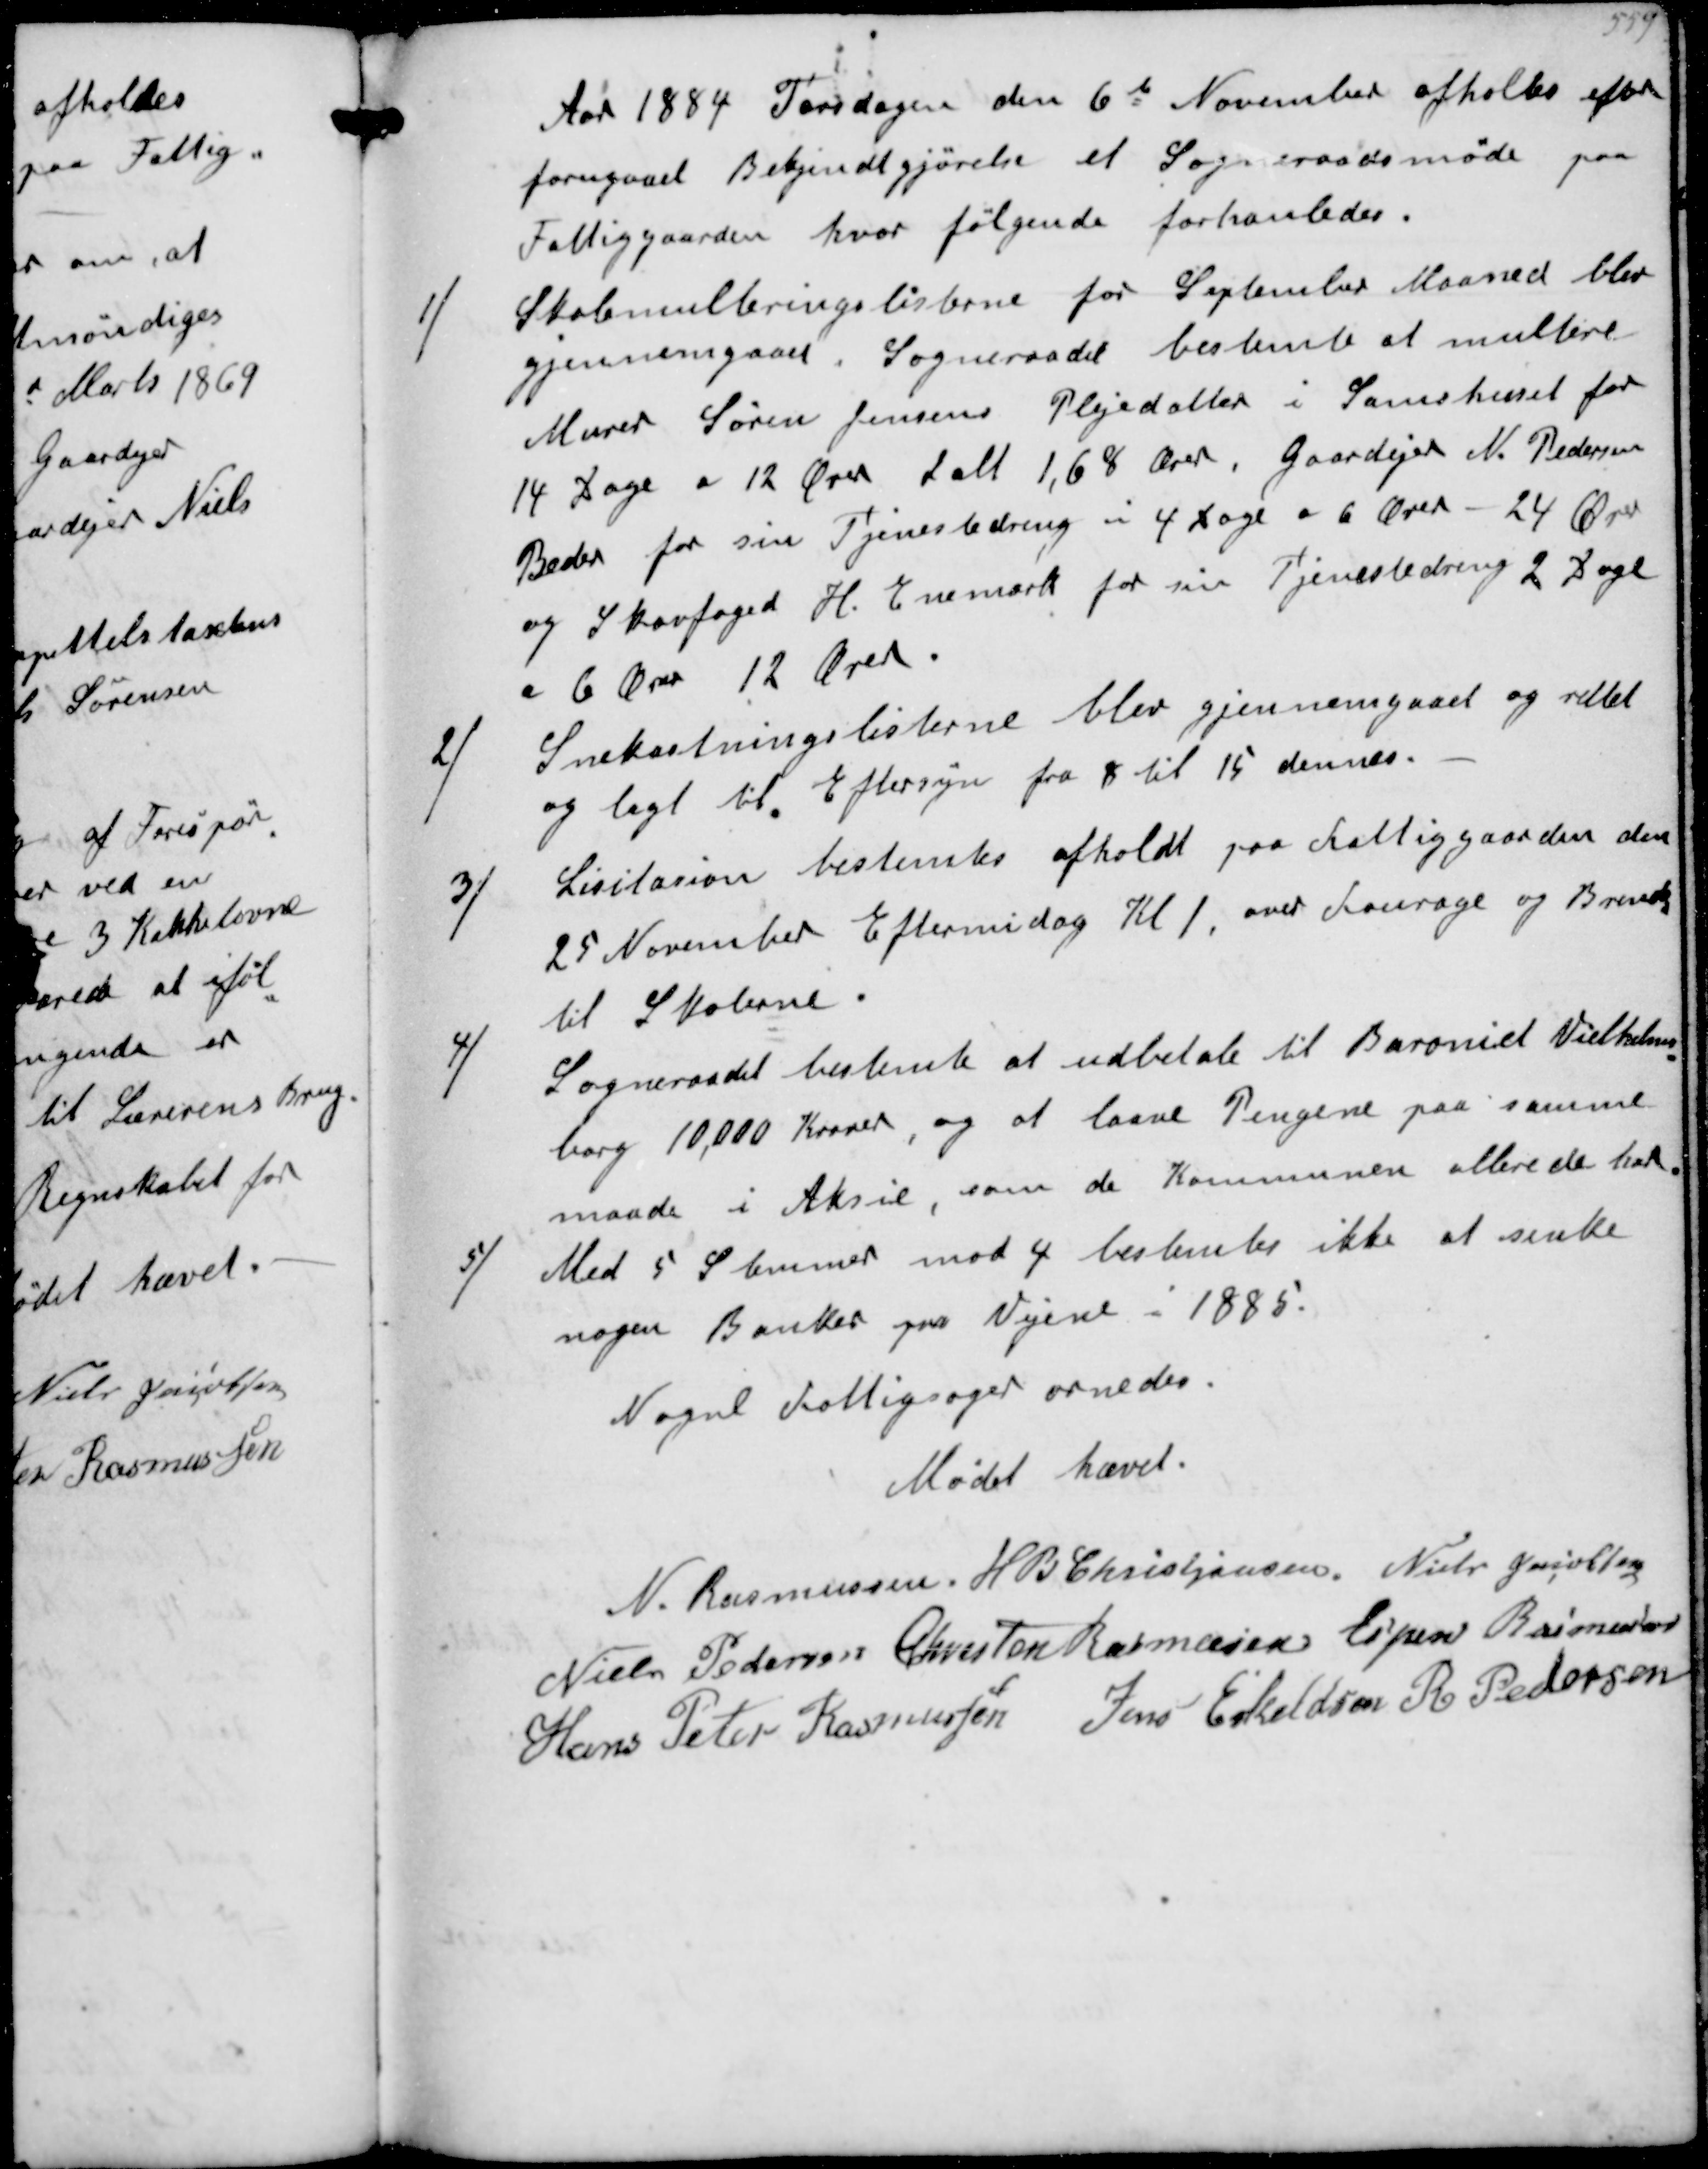
Transskription:
Aar 1884 Torsdagen den 6te November afholtes efter
forugaaet Bekjendtgjørelse et Sogneraadsmøde paa
Fattiggaarden hvor følgende forhanledes
1/
Skolemulteringslisterbe for September Maaaned blev
gjennemgaaet Sogneraadet bestemte at multere
Murer Søren Jensens Plejedatter i Samshuset for
14 Dage a 12 Ører Ialt 1,68 Ører, Gaardejer N Pedersen
Beder for sin Tjenestedreng i 4 Dage a 6 Ører - 24 Ører
og Skovfoged H Enemark for sin Tjenestedreng 2 Dage
a 6 Ører 12 Ører
2/
Snekastningslisterne blev gjennemgaaet og rettet
og lagt til Eftersyn fra 8 til 15 dennes.
3/
Lisitation bestemtes afholdt paa Fattiggaarden den
25 November Eftermiddag Kl. 1, over Fourage og Brende
til Skolerne.
4/
Sogneraadet bestemte at udbetale til Baroniet Vielhelms-
borg 10,000 Kroner, og laane Pengene paa samme
maade i Aktie, som de Kommunen allerede har
5/
Med 5 Stemmer mod 4 bestemtes ikke at sinke
nogen Banker på Vejene i 1885

Nogne Fattigsager ornedes

Mødet hævet

N Rasmussen
H B Kristjansen
Niels Jacobsen
Niels Pedersen
Chresten Rasmussen
Espen Rasmussen
Hans Peter Rasmussen
Jens Eskeldsen
R Pedersen